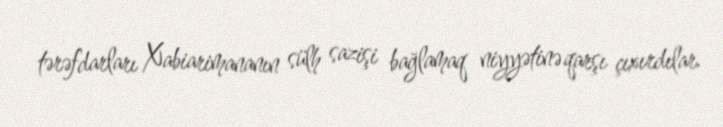
tərəfdarları Xabiarimananın sülh sazişi bağlamaq niyyətinə qarşı çıxırdılar.